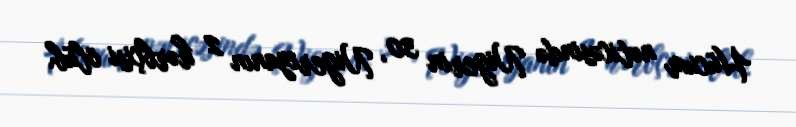
Hücum nəticəsində Nigerin 30, Nigeriyanın 2 hərbçisi ölüb.